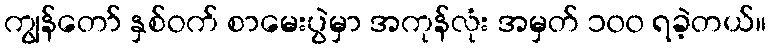
ကျွန်တော် နှစ်ဝက် စာမေးပွဲမှာ အကုန်လုံး အမှတ် ၁၀၀ ရခဲ့တယ်။